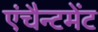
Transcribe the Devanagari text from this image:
एंचैन्टमेंट